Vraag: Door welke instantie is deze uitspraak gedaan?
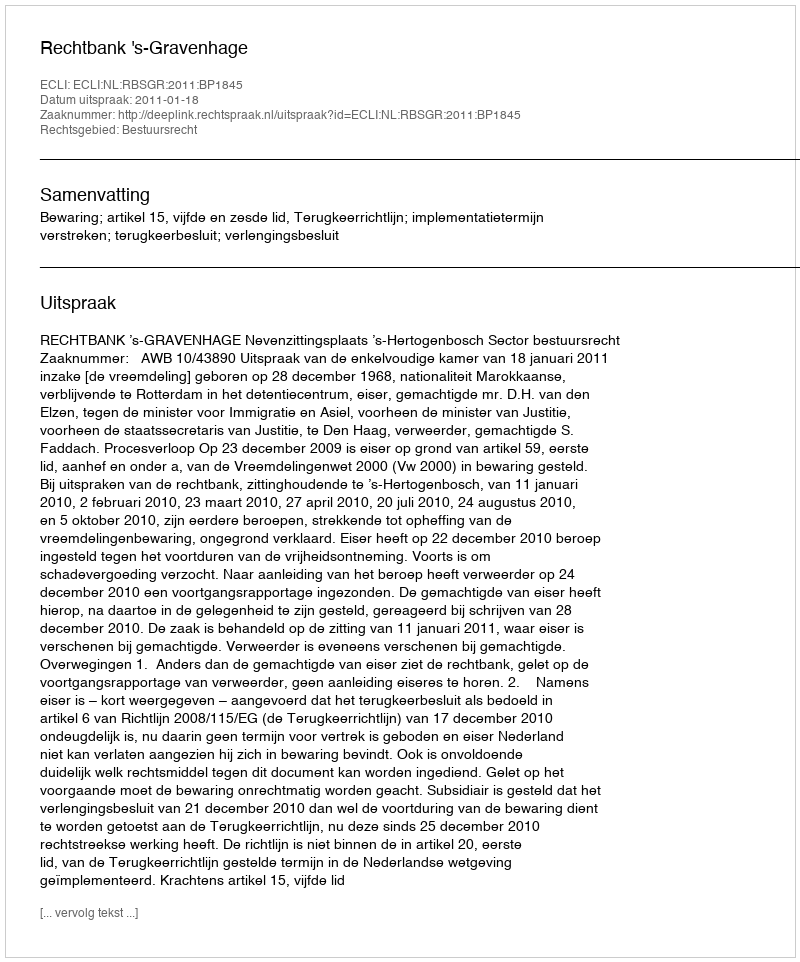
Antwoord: Rechtbank 's-Gravenhage